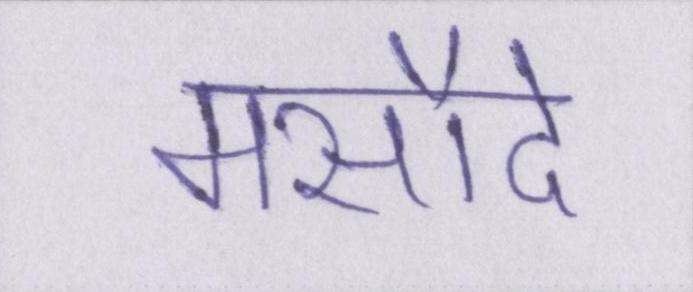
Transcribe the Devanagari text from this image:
मसौदे